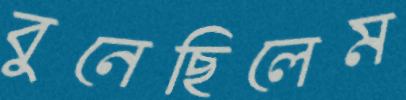
বুনেছিলেম